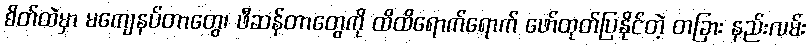
စိတ်ထဲမှာ မကျေနပ်တာတွေ၊ ဖီဆန်တာတွေကို ထိထိရောက်ရောက် ဖော်ထုတ်ပြနိုင်တဲ့ တခြား နည်းလမ်း